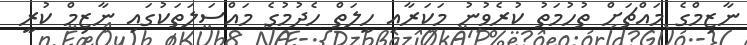
ނާޒިމްގެ މައްޗަށް ތުހުމަތު ކުރެވުނު މަކަރާއި ހީލަތް ހެދުމުގެ މައްސަލަތަކުގައި ނާޒިމް ކުރީ